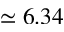
\simeq 6 . 3 4